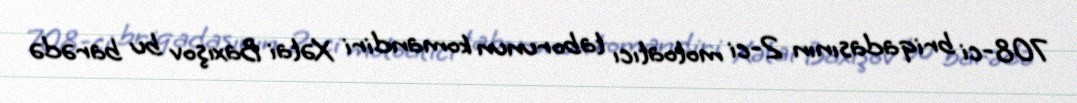
708-ci briqadasının 2-ci motoatıcı taborunun komandiri Xətai Baxışov bu barədə